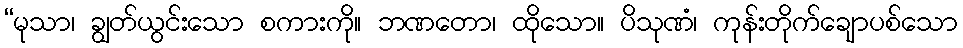
“မုသာ၊ ချွတ်ယွင်းသော စကားကို။ ဘဏတော၊ ထိုသော။ ပိသုဏံ၊ ကုန်းတိုက်ချောပစ်သော